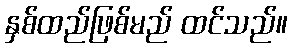
နှစ်ထည်ဖြစ်မည် ထင်သည်။